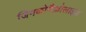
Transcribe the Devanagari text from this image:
जिनकोमैक्रोलाइड